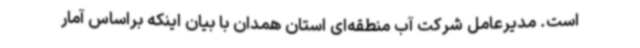
است. مدیرعامل شرکت آب منطقه‌ای استان همدان با بیان اینکه براساس آمار